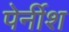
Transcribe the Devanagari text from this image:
पेर्नीश